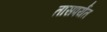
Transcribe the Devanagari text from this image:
तासपर्यंत